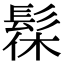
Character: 髹